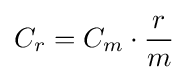
C_{r}=C_{m}\cdot {\frac {r}{m}}